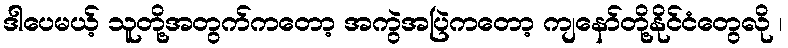
ဒါပေမယ့် သူတို့အတွက်ကတော့ အကွဲအပြဲကတော့ ကျနော်တို့နိုင်ငံတွေလို ၊